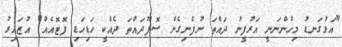
"އަޅުގަނޑު މިހުންނަނީ އަރުފީނު ދައްތަ ނުފެނިގެން ސޮފޫދައްތަ ދެއްކީ ހަޑިހަޑި ފޮޓޮއެއް" އުޒައިރު